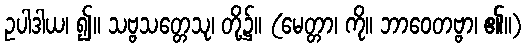
ဥပါဒါယ၊ ၍။ သဗ္ဗသတ္တေသု၊ တို့၌။ (မေတ္တာ၊ ကို။ ဘာဝေတဗ္ဗာ၊ ၏။)